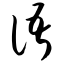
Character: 语